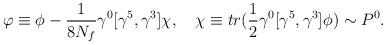
LaTeX: \begin{align*}\varphi\equiv \phi-{1\over 8N_f}\gamma^0[\gamma^5,\gamma^3]\chi,\quad \chi\equiv tr({1\over 2}\gamma^0 [\gamma^5,\gamma^3]\phi)\sim P^0.\end{align*}